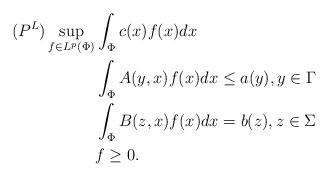
LaTeX: \begin{align*}(P^L) \sup_{f\in L^p(\Phi)} & \int_{\Phi} c(x)f(x)dx \\ & \int_{\Phi} A(y, x)f(x)dx \leq a(y), y\in \Gamma \\ & \int_{\Phi} B(z, x)f(x)dx = b(z), z\in \Sigma \\ & f \geq 0. \end{align*}